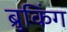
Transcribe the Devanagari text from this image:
ब्रुकिंग